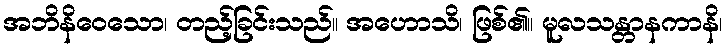
အဘိနိဝေသော၊ တည့်ခြင်းသည်။ အဟောသိ၊ ဖြစ်၏။ မူလသန္တာနကာနိ၊